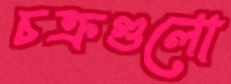
চক্রগুলো